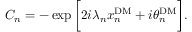
\begin{array} { r } { C _ { n } = - \exp \bigg [ 2 i \lambda _ { n } x _ { n } ^ { \mathrm { D M } } + i \theta _ { n } ^ { \mathrm { D M } } \bigg ] . } \end{array}